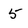
Character: 5